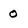
Character: 0